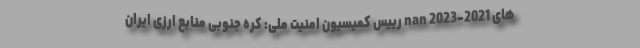
های 2021-2023 nan رییس کمیسیون امنیت ملی: کره جنوبی منابع ارزی ایران